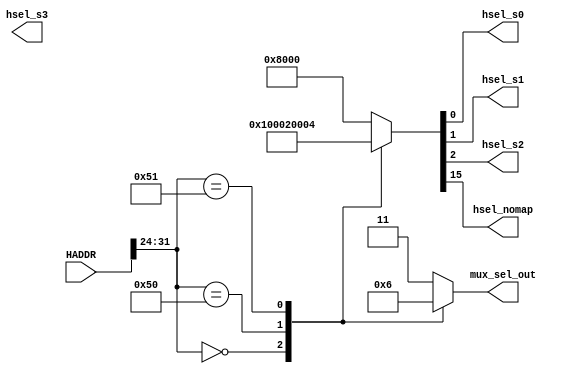
/*
  Design: AHB Decoder 
  Date : 21 June 2023 
  Author : Srimanth Tenneti 
  Description : Address Decoder 
*/

module AHBDCD #(parameter W = 32)(
    // Input Address
    input wire [W-1:0] HADDR, 
    // Peripheral Select 
    output wire hsel_s0, 
    output wire hsel_s1, 
    output wire hsel_s2, 
    output wire hsel_s3,
    output wire hsel_nomap,
    // Mux Select  
  output wire [1:0] mux_sel_out  
); 

reg [15:0] DECODER; 
reg [1:0] mux_sel; 

assign hsel_s0 = DECODER[0]; // 0x0000_0000 -> 0x00FF_FFFF -> Memory 
assign hsel_s1 = DECODER[1]; // 0x5000_0000 -> 0x50FF_FFFF -> GPIO
assign hsel_s2 = DECODER[2]; // 0x5100_0000 -> 0x51FF_FFFF -> Array  -> 8x Values 
assign hsel_nomap = DECODER[15];

always @ * 
begin
  case (HADDR[31:24])  
    8'h00 : 
      begin
         DECODER = 16'b0000_0000_0000_0001;  // MEMORY
         mux_sel = 2'b00; 
      end
    8'h50 : 
      begin
        DECODER = 16'b0000_0000_0000_0010;   // GPIO
        mux_sel = 2'b01; 
      end 
    8'h51 : 
      begin
        DECODER = 16'b0000_0000_0000_0100;   // Accelerator
        mux_sel = 2'b10;  
      end
    default : 
      begin
        DECODER = 16'b1000_0000_0000_0000;   // NO MAP
        mux_sel = 2'b11; 
      end
  endcase
end
  
assign mux_sel_out = mux_sel;

endmodule